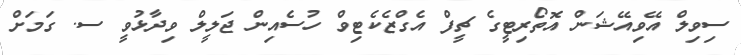
ސިވިލް އޭވިއޭޝަން އޮތޯރިޓީގެ ޗީފް އެގްޒެކެޓިވް ހުސެއިން ޖަލީލް ވިދާޅުވީ ސ. ގަމަށް